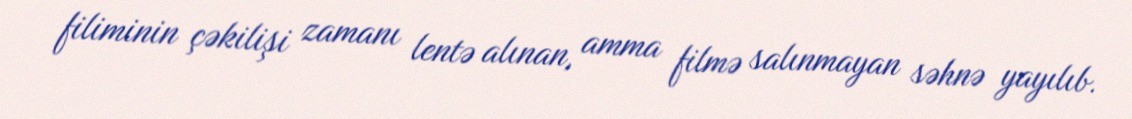
filiminin çəkilişi zamanı lentə alınan, amma filmə salınmayan səhnə yayılıb.